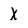
Character: X